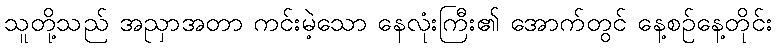
သူတို့သည် အညှာအတာ ကင်းမဲ့သော နေလုံးကြီး၏ အောက်တွင် နေ့စဉ်နေ့တိုင်း